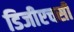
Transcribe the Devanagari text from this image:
डिजीएचसी